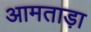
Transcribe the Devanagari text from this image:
आमताड़ा